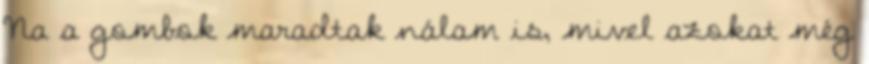
Na a gombok maradtak nálam is, mivel azokat még